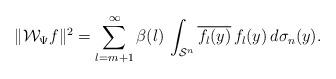
LaTeX: \begin{align*}\|\mathcal W_\Psi f\|^2=\sum_{l=m+1}^\infty\beta(l)\,\int_{\mathcal S^n}\overline{f_l(y)}\,f_l(y)\,d\sigma_n(y).\end{align*}